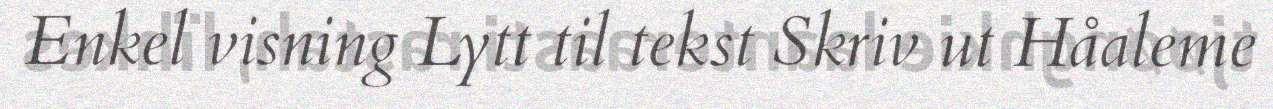
Enkel visning Lytt til tekst Skriv ut Håaleme